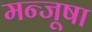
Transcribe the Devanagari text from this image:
मन्जूषा